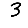
Digit: 3